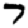
Digit: 7